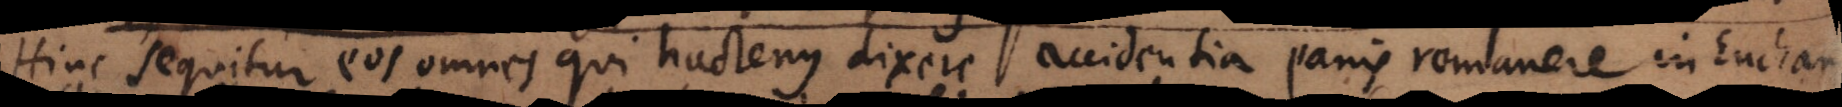
Hinc sequitur eos omnes qui hactenus dixere accidentia panis remanere in Euchar